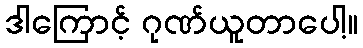
ဒါကြောင့် ဂုဏ်ယူတာပေါ့။